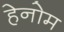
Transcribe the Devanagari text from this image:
हेनोम